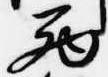
西